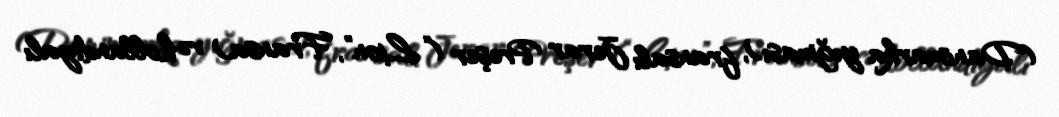
(Danimarka yığması), fransalı Jerar Preşer (“Lion”, Fransa) və hollandiyalı